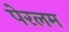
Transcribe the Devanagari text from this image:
पेरलम